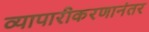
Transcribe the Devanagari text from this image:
व्यापारीकरणानंतर